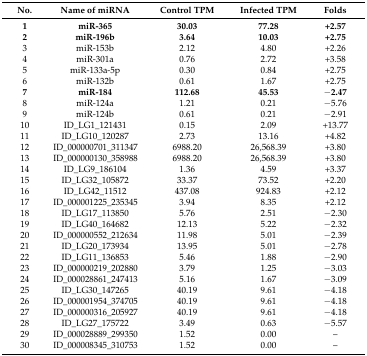
<table><thead><tr><td><b>No.</b></td><td><b>Name of miRNA</b></td><td><b>Control TPM</b></td><td><b>Infected TPM</b></td><td><b>Folds</b></td></tr></thead><tbody><tr><td><b>1</b></td><td><b>miR-365</b></td><td><b>30.03</b></td><td><b>77.28</b></td><td><b>+2.57</b></td></tr><tr><td><b>2</b></td><td><b>miR-196b</b></td><td><b>3.64</b></td><td><b>10.03</b></td><td><b>+2.75</b></td></tr><tr><td>3</td><td>miR-153b</td><td>2.12</td><td>4.80</td><td>+2.26</td></tr><tr><td>4</td><td>miR-301a</td><td>0.76</td><td>2.72</td><td>+3.58</td></tr><tr><td>5</td><td>miR-133a-5p</td><td>0.30</td><td>0.84</td><td>+2.75</td></tr><tr><td>6</td><td>miR-132b</td><td>0.61</td><td>1.67</td><td>+2.75</td></tr><tr><td><b>7</b></td><td><b>miR-184</b></td><td><b>112.68</b></td><td><b>45.53</b></td><td><b>−2.47</b></td></tr><tr><td>8</td><td>miR-124a</td><td>1.21</td><td>0.21</td><td>−5.76</td></tr><tr><td>9</td><td>miR-124b</td><td>0.61</td><td>0.21</td><td>−2.91</td></tr><tr><td>10</td><td>ID_LG1_121431</td><td>0.15</td><td>2.09</td><td>+13.77</td></tr><tr><td>11</td><td>ID_LG10_120287</td><td>2.73</td><td>13.16</td><td>+4.82</td></tr><tr><td>12</td><td>ID_000000701_311347</td><td>6988.20</td><td>26,568.39</td><td>+3.80</td></tr><tr><td>13</td><td>ID_000000130_358988</td><td>6988.20</td><td>26,568.39</td><td>+3.80</td></tr><tr><td>14</td><td>ID_LG9_186104</td><td>1.36</td><td>4.59</td><td>+3.37</td></tr><tr><td>15</td><td>ID_LG32_105872</td><td>33.37</td><td>73.52</td><td>+2.20</td></tr><tr><td>16</td><td>ID_LG42_11512</td><td>437.08</td><td>924.83</td><td>+2.12</td></tr><tr><td>17</td><td>ID_000001225_235345</td><td>3.94</td><td>8.35</td><td>+2.12</td></tr><tr><td>18</td><td>ID_LG17_113850</td><td>5.76</td><td>2.51</td><td>−2.30</td></tr><tr><td>19</td><td>ID_LG40_164682</td><td>12.13</td><td>5.22</td><td>−2.32</td></tr><tr><td>20</td><td>ID_000000552_212634</td><td>11.98</td><td>5.01</td><td>−2.39</td></tr><tr><td>21</td><td>ID_LG20_173934</td><td>13.95</td><td>5.01</td><td>−2.78</td></tr><tr><td>22</td><td>ID_LG11_136853</td><td>5.46</td><td>1.88</td><td>−2.90</td></tr><tr><td>23</td><td>ID_000000219_202880</td><td>3.79</td><td>1.25</td><td>−3.03</td></tr><tr><td>24</td><td>ID_000028861_247413</td><td>5.16</td><td>1.67</td><td>−3.09</td></tr><tr><td>25</td><td>ID_LG30_147265</td><td>40.19</td><td>9.61</td><td>−4.18</td></tr><tr><td>26</td><td>ID_000001954_374705</td><td>40.19</td><td>9.61</td><td>−4.18</td></tr><tr><td>27</td><td>ID_000000316_205927</td><td>40.19</td><td>9.61</td><td>−4.18</td></tr><tr><td>28</td><td>ID_LG27_175722</td><td>3.49</td><td>0.63</td><td>−5.57</td></tr><tr><td>29</td><td>ID_000028889_299350</td><td>1.52</td><td>0.00</td><td>–</td></tr><tr><td>30</td><td>ID_000008345_310753</td><td>1.52</td><td>0.00</td><td>–</td></tr></tbody></table>